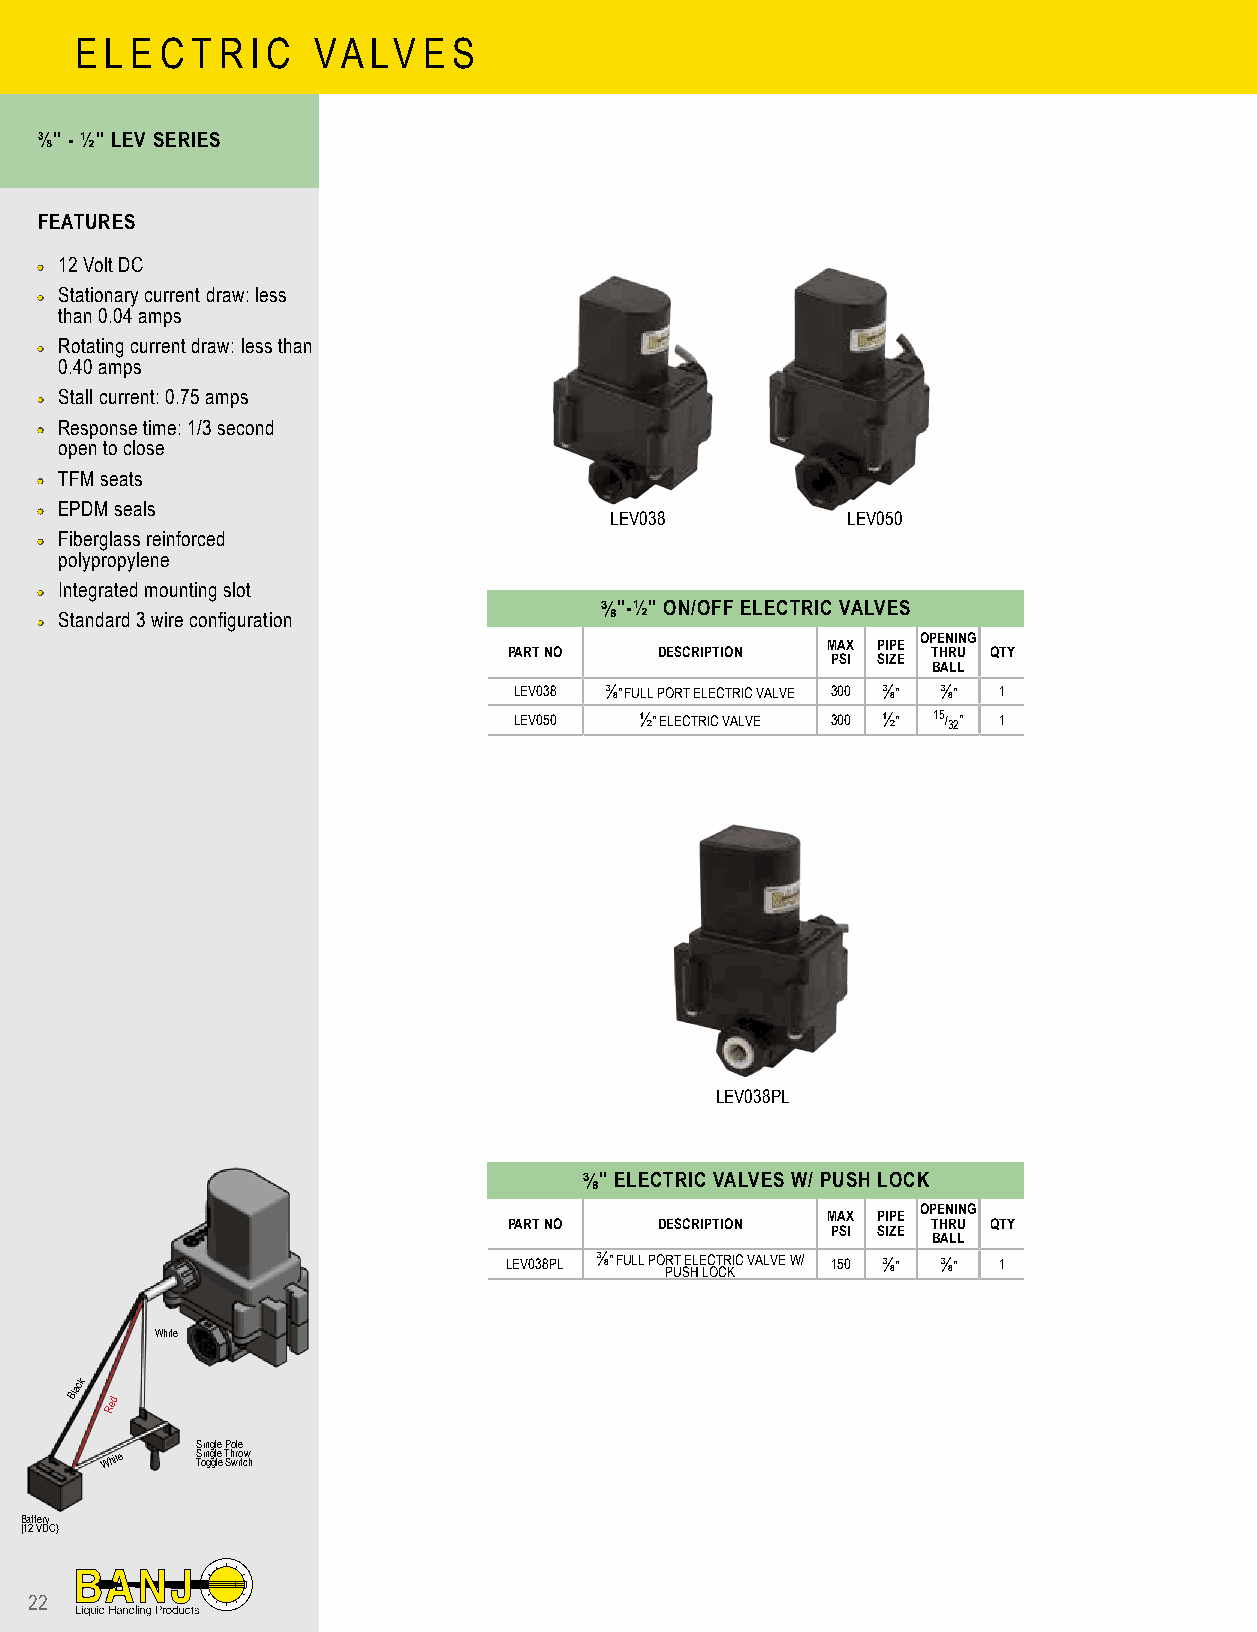
E L E C T R I C VA LV  E S
 ⅜" - ½" LEV SERIES
 FEATURES
 •• 12 Volt DC
 •• Stationary current draw: less
 than 0.04 amps
 •• Rotating current draw: less than
 0.40 amps
 •• Stall current: 0.75 amps
 •• Response time: 1/3 second
 open to close
 •• TFM seats
 •• EPDM seals                         LEV038          LEV050
 •• Fiberglass reinforced
 polypropylene
 •• Integrated mounting slot
 ⅜"-½" ON/OFF ELECTRIC VALVES
 •• Standard 3 wire configuration
 OPENING
 MAX PIPE
 PART NO   DESCRIPTION       THRU QTY
 PSI SIZE
 BALL
 LEV038 ⅜" FULL PORT ELECTRIC VALVE 300 ⅜" ⅜" 1
 LEV050  ½" ELECTRIC VALVE 300 ½" 15/32" 1
 LEV038PL
 ⅜" ELECTRIC VALVES W/ PUSH LOCK
 OPENING
 MAX PIPE
 PART NO   DESCRIPTION       THRU QTY
 PSI SIZE
 BALL
 LEV038PL ⅜" FULL PO PR UT SE HL E LC OT CR KIC VALVE W/ 150 ⅜" ⅜" 1
 White
 Black
 Red
 Single Pole
 White S Toin gg gl le
 e
 T Sh wro itw
 ch
 Battery
 (12 VDC)
 22